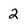
Character: 2